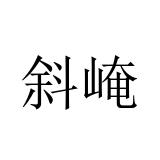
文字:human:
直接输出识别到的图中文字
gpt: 斜崦